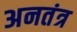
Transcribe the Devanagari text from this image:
अनतंत्र